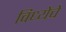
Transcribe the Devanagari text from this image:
विध्येचे